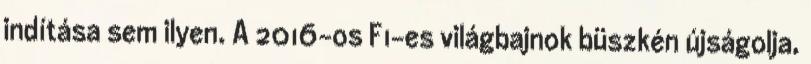
indítása sem ilyen. A 2016-os F1-es világbajnok büszkén újságolja,